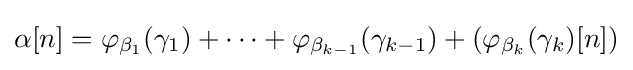
\alpha [n]=\varphi _{\beta _{1}}(\gamma _{1})+\cdots +\varphi _{\beta _{k-1}}(\gamma _{k-1})+(\varphi _{\beta _{k}}(\gamma _{k})[n])